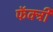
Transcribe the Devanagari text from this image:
फॅक्ट्री